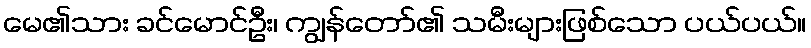
မေ၏သား ခင်မောင်ဦး၊ ကျွန်တော်၏ သမီးများဖြစ်သော ပယ်ပယ်။